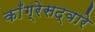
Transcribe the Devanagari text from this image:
काँग्रेसद्वारे